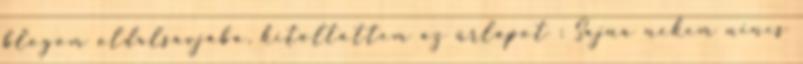
blogom oldalsávjába, kitöltöttem az űrlapot : Sajna nekem nincs